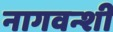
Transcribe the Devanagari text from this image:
नागवन्शी